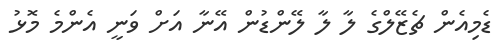
ޑެމިއެން ޗެޒޭލްގެ ލާ ލާ ލޭންޑުން އޭނާ އަށް ވަނީ އެންމެ މޮޅު